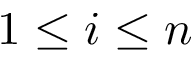
1 \leq i \leq n